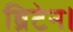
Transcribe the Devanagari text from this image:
ब्रिटेन।